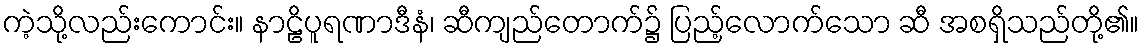
ကဲ့သို့လည်းကောင်း။ နာဠိပူရဏာဒီနံ၊ ဆီကျည်တောက်၌ ပြည့်လောက်သော ဆီ အစရှိသည်တို့၏။